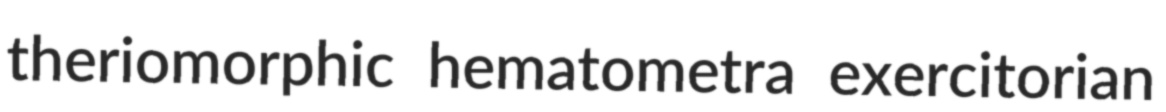
theriomorphic hematometra exercitorian